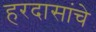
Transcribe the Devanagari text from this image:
हरदासांचे